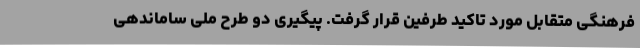
فرهنگی متقابل مورد تاکید طرفین قرار گرفت. پیگیری دو طرح ملی ساماندهی